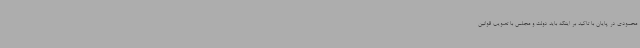
محمودی در پایان با تاکید بر اینکه باید دولت و مجلس با تصویب قوانین